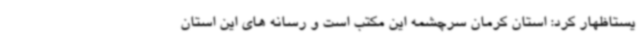
یستاظهار کرد: استان کرمان سرچشمه این مکتب است و رسانه های این استان